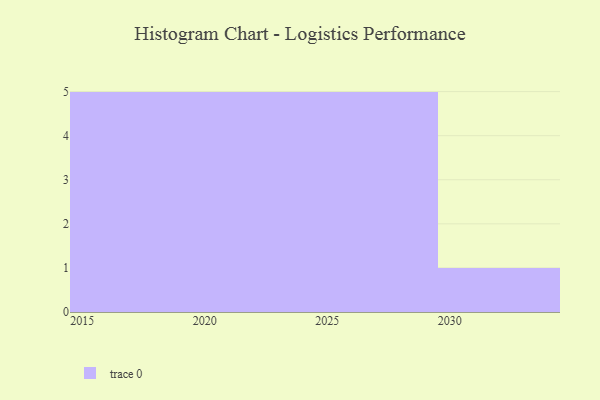
{"axis": {"x": "Year", "y": "Production Output"}, "legend": [""], "data": [{"x": "2025", "y": 32, "type": ""}, {"x": "2024", "y": 92, "type": ""}, {"x": "2023", "y": 75, "type": ""}, {"x": "2028", "y": 4, "type": ""}, {"x": "2017", "y": 40, "type": ""}, {"x": "2019", "y": 37, "type": ""}, {"x": "2016", "y": 100, "type": ""}, {"x": "2027", "y": 17, "type": ""}, {"x": "2021", "y": 82, "type": ""}, {"x": "2030", "y": 12, "type": ""}, {"x": "2015", "y": 35, "type": ""}, {"x": "2026", "y": 68, "type": ""}, {"x": "2018", "y": 76, "type": ""}, {"x": "2022", "y": 4, "type": ""}, {"x": "2020", "y": 24, "type": ""}, {"x": "2029", "y": 82, "type": ""}]}